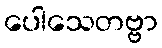
ပေါသေတဗ္ဗာ